Malarial fevers
Disease focus: Malaria
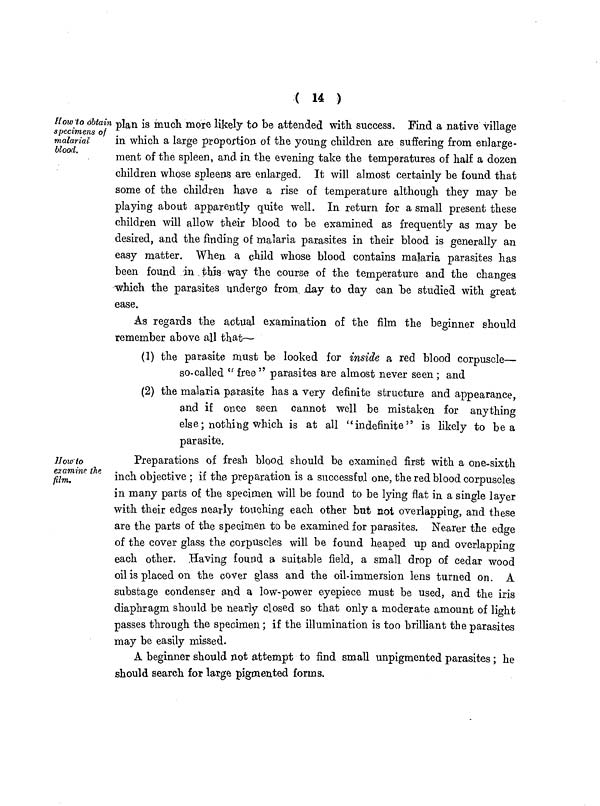
( 14 )
How to obtain
specimens of
malarial
blood.
plan is much more likely to be attended with success. Find a native village
in which a large proportion of the young children are suffering from enlarge-
ment of the spleen, and in the evening take the temperatures of half a dozen
children whose spleens are enlarged. It will almost certainly be found that
some of the children have a rise of temperature although they may be
playing about apparently quite well. In return for a small present these
children will allow their blood to be examined as frequently as may be
desired, and the finding of malaria parasites in their blood is generally an
easy matter. When a child whose blood contains malaria parasites has
been found in this way the course of the temperature and the changes
which the parasites undergo from day to day can be studied with great
ease.
As regards the actual examination of the film the beginner should
remember above all that—
(1) the parasite must be looked for inside a red blood corpuscle—
so-called "free " parasites are almost never seen ; and
(2) the malaria parasite has a very definite structure and appearance,
and if once seen cannot well be mistaken for anything
else; nothing which is at all "indefinite" is likely to be a
parasite.
How to
examine the
film.
Preparations of fresh blood should be examined first with a one-sixth
inch objective ; if the preparation is a successful one, the red blood corpuscles
in many parts of the specimen will be found to be lying flat in a single layer
with their edges nearly touching each other but not overlapping, and these
are the parts of the specimen to be examined for parasites. Nearer the edge
of the cover glass the corpuscles will be found heaped up and overlapping
each other. Having found a suitable field, a small drop of cedar wood
oil is placed on the cover glass and the oil-immersion lens turned on. A
substage condenser and a low-power eyepiece must be used, and the iris
diaphragm should be nearly closed so that only a moderate amount of light
passes through the specimen ; if the illumination is too brilliant the parasites
may be easily missed.
A beginner should not attempt to find small unpigmented parasites ; he
should search for large pigmented forms.